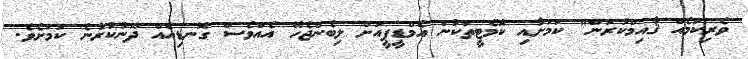
ވެރިކަމެއް ޤާއިމްކުރަން" ކަމަށާއި ކޮމެޓީތަކުން އެމްޑީޕީއަށް ލިބެންޖެހޭ އެއްވެސް ގޮނޑިއެއް ދޫނުކުރާނެ ކަމަށެވެ.